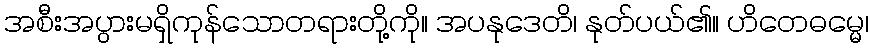
အစီးအပွားမရှိကုန်သောတရားတို့ကို။ အပနုဒေတိ၊ နုတ်ပယ်၏။ ဟိတေဓမ္မေ၊